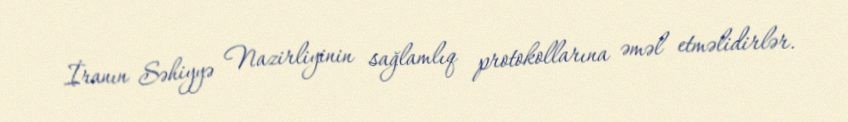
İranın Səhiyyə Nazirliyinin sağlamlıq protokollarına əməl etməlidirlər.